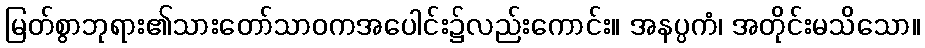
မြတ်စွာဘုရား၏သားတော်သာဝကအပေါင်း၌လည်းကောင်း။ အနပ္ပကံ၊ အတိုင်းမသိသော။